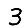
Digit: 3